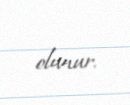
olunur.